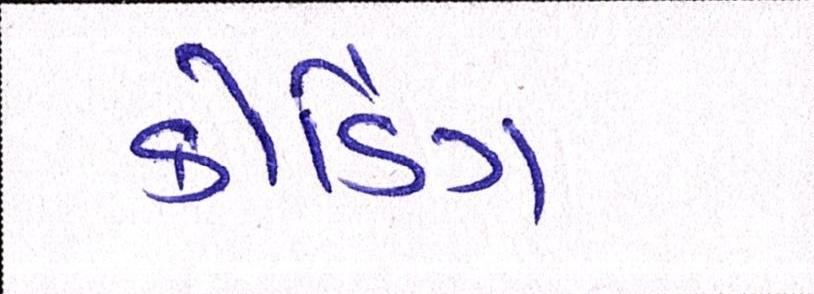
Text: કોડિંગ